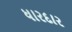
ધારદાર